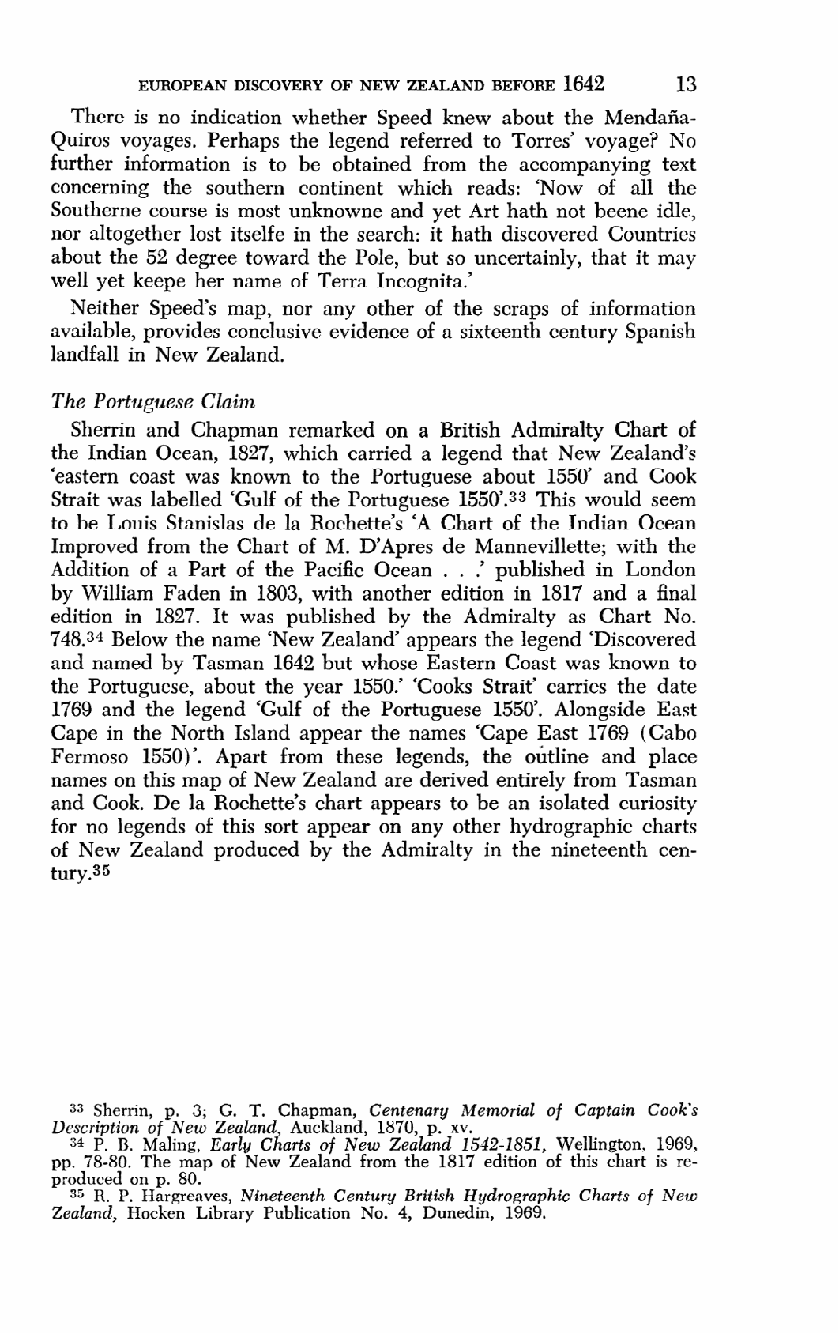
EUROPEAN DISCOVERY OF NEW ZEALAND BEFORE 1642 13
 There is no indication whether Speed knew about the Mendana-
 Quiros voyages. Perhaps the legend referred to Torres' voyage? No
 further information is to be obtained from the accompanying text
 concerning the southern continent which reads: 'Now of all the
 Southerne course is most unknowne and yet Art hath not beene idle,
 nor altogether lost itselfe in the search: it hath discovered Countries
 about the 52 degree toward the Pole, but so uncertainly, that it may
 well yet keepe her name of Terra Incognita.'
 Neither Speed's map, nor any other of the scraps of information
 available, provides conclusive evidence of a sixteenth century Spanish
 landfall in New Zealand.
 The Portuguese Claim
 Sherrin and Chapman remarked on a British Admiralty Chart of
 the Indian Ocean, 1827, which carried a legend that New Zealand's
 'eastern coast was known to the Portuguese about 1550' and Cook
 Strait was labelled 'Gulf of the Portuguese 1550'.33 This would seem
 to be Louis Stanislas de la Rochette's 'A Chart of the Indian Ocean
 Improved from the Chart of M. D'Apres de Mannevillette; with the
 Addition of a Part of the Pacific Ocean . . .' published in London
 by William Faden in 1803, with another edition in 1817 and a final
 edition in 1827. It was published by the Admiralty as Chart No.
 748.34 Below the name 'New Zealand' appears the legend 'Discovered
 and named by Tasman 1642 but whose Eastern Coast was known to
 the Portuguese, about the year 1550.' 'Cooks Strait' carries the date
 1769 and the legend 'Gulf of the Portuguese 1550'. Alongside East
 Cape in the North Island appear the names 'Cape East 1769 (Cabo
 Fermoso 1550)'. Apart from these legends, the outline and place
 names on this map of New Zealand are derived entirely from Tasman
 and Cook. De la Rochette's chart appears to be an isolated curiosity
 for no legends of this sort appear on any other hydrographic charts
 of New Zealand produced by the Admiralty in the nineteenth cen-
 tury.35
 33 Sherrin, p. 3; G. T. Chapman, Centenary Memorial of Captain Cook's
 Description of New Zealand, Auckland, 1870, p. xv.
 34 P. B. Maling, Early Charts of New Zealand 1542-1851, Wellington, 1969,
 pp. 78-80. The map of New Zealand from the 1817 edition of this chart is re-
 produced on p. 80.
 35 R. P. Hargreaves, Nineteenth Century British Hydrographic Charts of New
 Zealand, Hocken Library Publication No. 4, Dunedin, 1969.